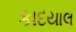
કાદયાલ